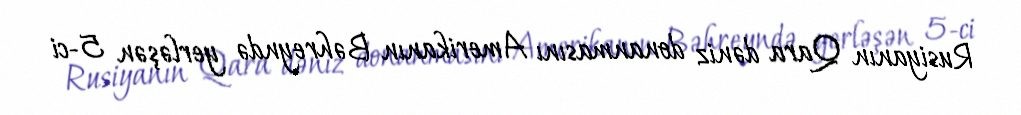
Rusiyanın Qara dəniz donanmasını Amerikanın Bəhreyndə yerləşən 5-ci